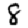
Digit: 8